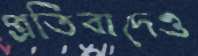
প্রতিবাদেও